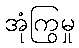
အုံကြွမှု